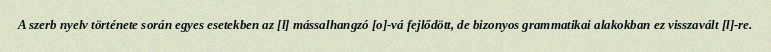
A szerb nyelv története során egyes esetekben az [l] mássalhangzó [o]-vá fejlődött, de bizonyos grammatikai alakokban ez visszavált [l]-re.